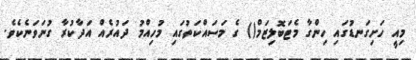
މިއީ ހަށިގަނޑުގައި ހިންގާ މެޓަބޮލިޒަމް() ގެ މަސައްކަތުގައި މުހިއްމު ދައުރެއް އަދާކުރާ ގުނަވަނެކެވެ.